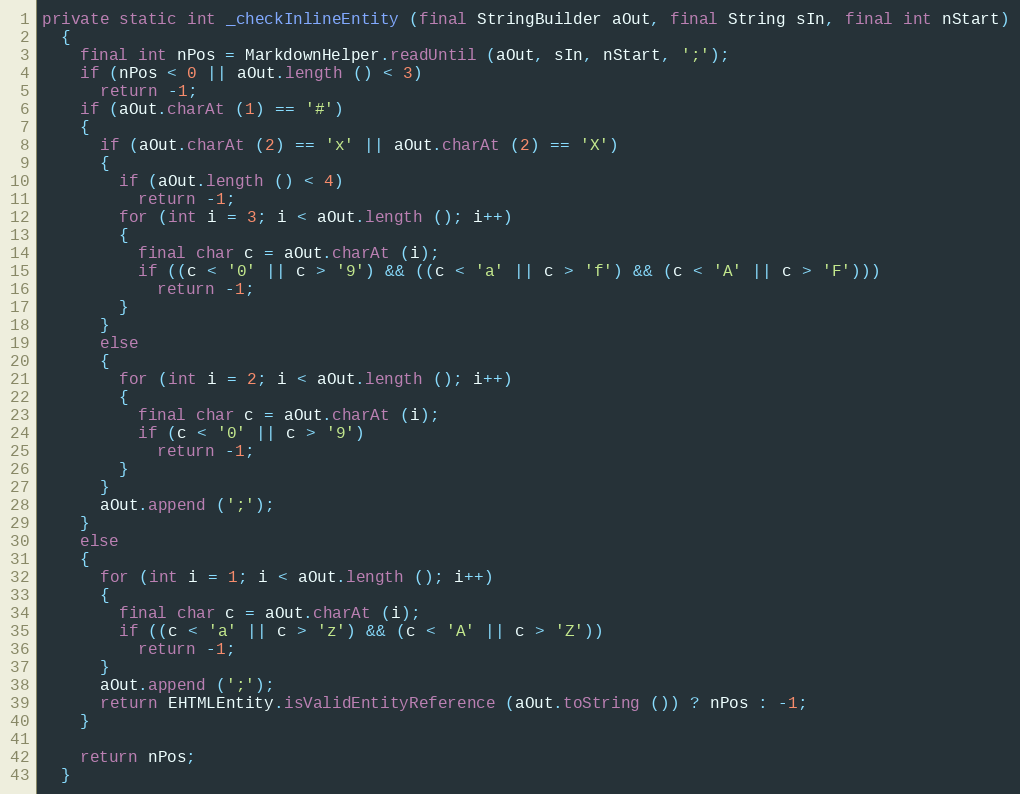
Language: Java
private static int _checkInlineEntity (final StringBuilder aOut, final String sIn, final int nStart)
  {
    final int nPos = MarkdownHelper.readUntil (aOut, sIn, nStart, ';');
    if (nPos < 0 || aOut.length () < 3)
      return -1;
    if (aOut.charAt (1) == '#')
    {
      if (aOut.charAt (2) == 'x' || aOut.charAt (2) == 'X')
      {
        if (aOut.length () < 4)
          return -1;
        for (int i = 3; i < aOut.length (); i++)
        {
          final char c = aOut.charAt (i);
          if ((c < '0' || c > '9') && ((c < 'a' || c > 'f') && (c < 'A' || c > 'F')))
            return -1;
        }
      }
      else
      {
        for (int i = 2; i < aOut.length (); i++)
        {
          final char c = aOut.charAt (i);
          if (c < '0' || c > '9')
            return -1;
        }
      }
      aOut.append (';');
    }
    else
    {
      for (int i = 1; i < aOut.length (); i++)
      {
        final char c = aOut.charAt (i);
        if ((c < 'a' || c > 'z') && (c < 'A' || c > 'Z'))
          return -1;
      }
      aOut.append (';');
      return EHTMLEntity.isValidEntityReference (aOut.toString ()) ? nPos : -1;
    }

    return nPos;
  }